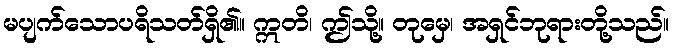
မပျက်သောပရိသတ်ရှိ၏။ ဣတိ၊ ဤသို့။ တုမှေ၊ အရှင်ဘုရားတို့သည်။